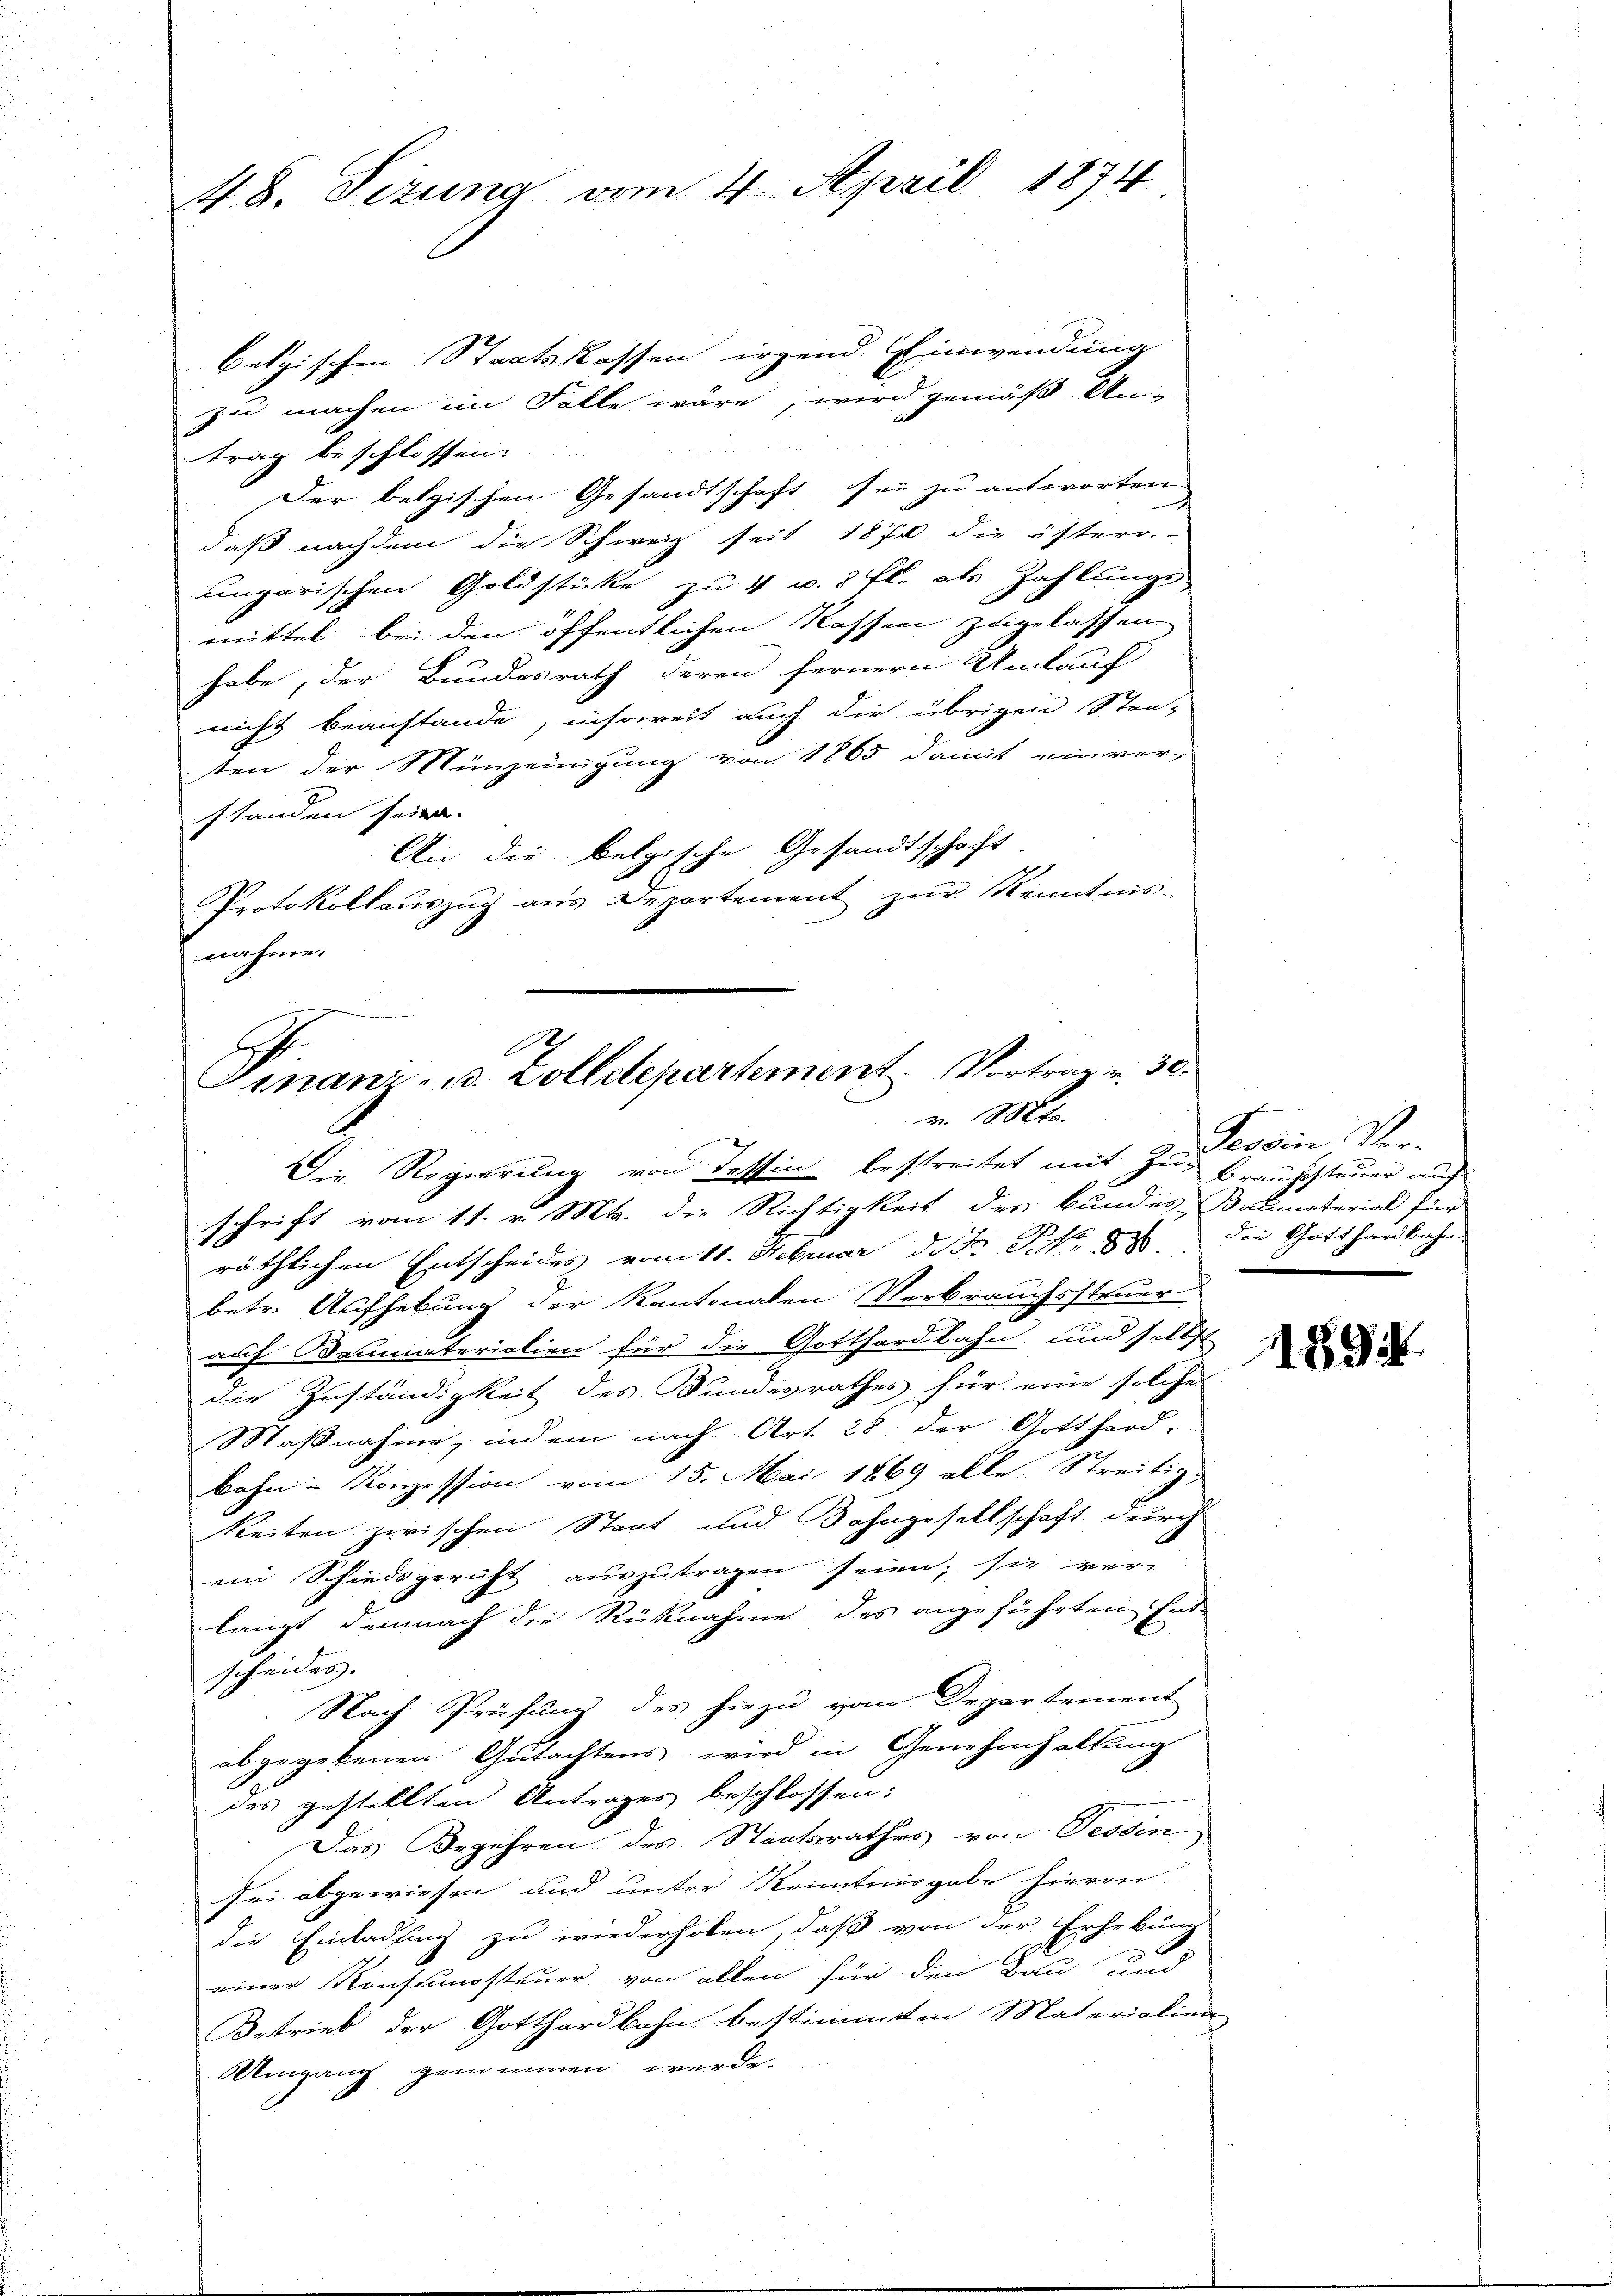
48. Sizung vom 4. April 1874

belgischen Staatskassen irgend Einwendung
zu machen im Falle wäre, wird gemäß Un-
trag beschlossen:
Der belgischen Gesandtschaft sei zu antworten
daß nachdem die Schweiz seit 1870 die österr.-
ungarischen Goldstücke zu 4 u. 8 fl. als Zahlungs
mittel bei den öffentlichen Kassen zugelassen
habe, der Bundesrath deren fernern Umlauf
nicht beanstande, insoweit auch die übrigen Stan-
ten der Münzeinigung von 1865 damit einver-
standen sein.
An die belgische Gesandtschaft
Protokollauszug aus Departement zur Kenntnis-
nahme.

A
Finanz- B. Zolldepartement. Vortrag v. 30.
v. Mts.
Die Regierung von Tessin bestreitet mit Zug Braussteuer auf
schrift vom 11. v. Mts. die Richtigkeit des Bundes-Baumaterial für

räthlichen Entscheides vom 11. Februar d.J. P. Nr. 880. Die Gotthardbahn
betr. Aufhebung der Kantonalen Verbrauchssteuer
auf Baumateriation für die Gotthardbahn und selbst
die Zuständigkeit des Bundesrathes für eine solche
Maßnahme, indem nach Art. 28 der Gotthard-
bahn- Konzession vom 15. Mai 1869 alle Streitig
keiten zwischen Staat und Bahngesellschaft durch
ein Schiedsgericht auszutragen seien; sie ver-
langt demnach die Rücknahme des angeführten Ent-
scheides.
Nach Prüfung des hiezu vom Departement
abgegebenen Gutachtens wird in Genehmhaltung
des gestellten Antrages beschlossen:
Das Begehren des Staatsrathes von Tessin
sei abgewiesen und unter Kenntnisgabe hievon
die Einladung zu wiederholen, daß von der Erhebung
einer Konsumsteuer von allen für den Bau und
Betrieb der Gotthardbahn bestimmten Materialien
Umgang genommen werde.

Tessin Ver-

11894